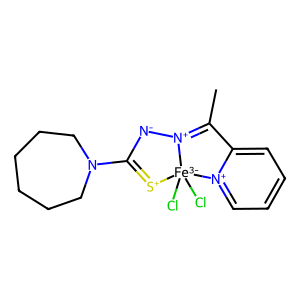
SMILES: CC1=[N+]2[N-]C(N3CCCCCC3)=[S+][Fe-3]2(Cl)(Cl)[n+]2ccccc21
Inhibits HIV replication: No